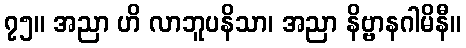
၇၅။ အညာ ဟိ လာဘူပနိသာ၊ အညာ နိဗ္ဗာနဂါမိနီ။